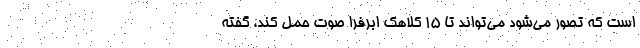
است که تصور می‌شود می‌تواند تا ۱۵ کلاهک ابرفرا صوت حمل کند، گفته